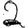
Digit: 2